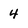
Character: 4